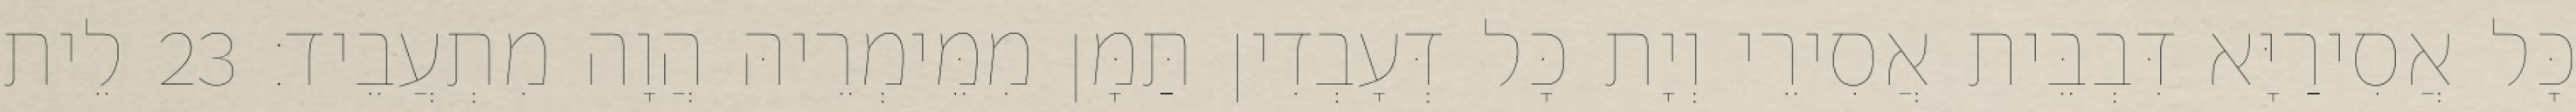
כָּל אֲסִירַיָּא דִּבְבֵּית אֲסִירֵי וְיָת כָּל דְּעָבְדִין תַּמָּן מִמֵּימְרֵיהּ הֲוָה מִתְעֲבֵיד׃ 23 לֵית